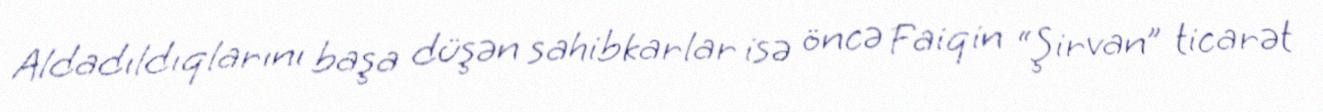
Aldadıldıqlarını başa düşən sahibkarlar isə öncə Faiqin “Şirvan” ticarət